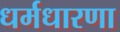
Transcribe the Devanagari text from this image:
धर्मधारणा